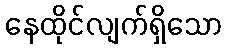
နေထိုင်လျက်ရှိသော